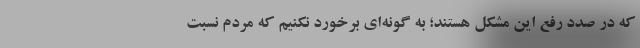
که در صدد رفع این مشکل هستند؛ به گونه‌ای برخورد نکنیم که مردم نسبت